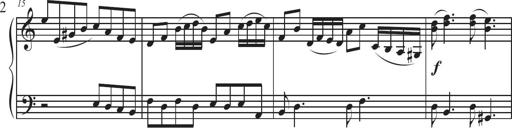
Title: Sonatina Espania
Composer: Jerald Franklin Archer
Key: Various